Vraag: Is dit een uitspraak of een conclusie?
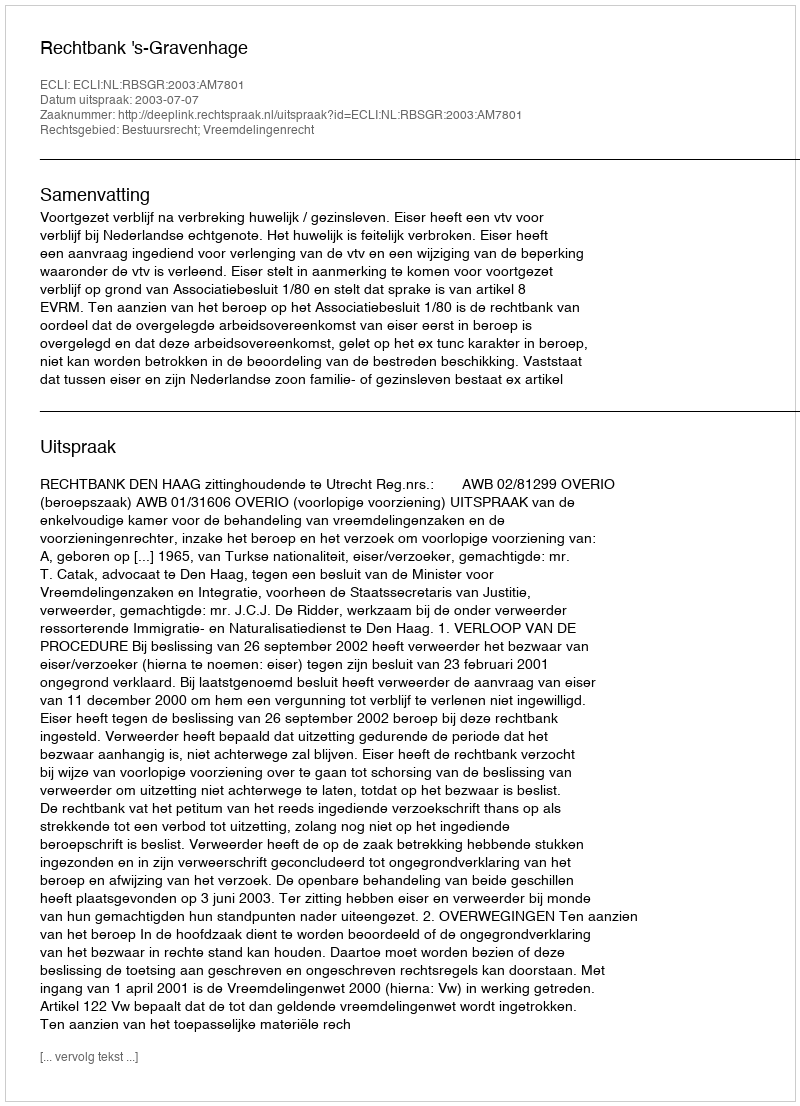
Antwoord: Uitspraak